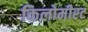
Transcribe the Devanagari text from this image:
किलोमीरट